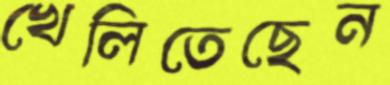
খেলিতেছেন